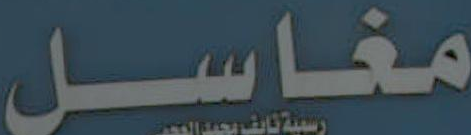
مغاسل